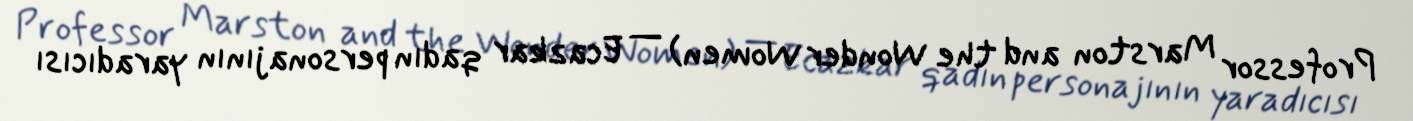
Professor Marston and the Wonder Women) — Ecazkar qadın personajının yaradıcısı